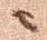
ニ